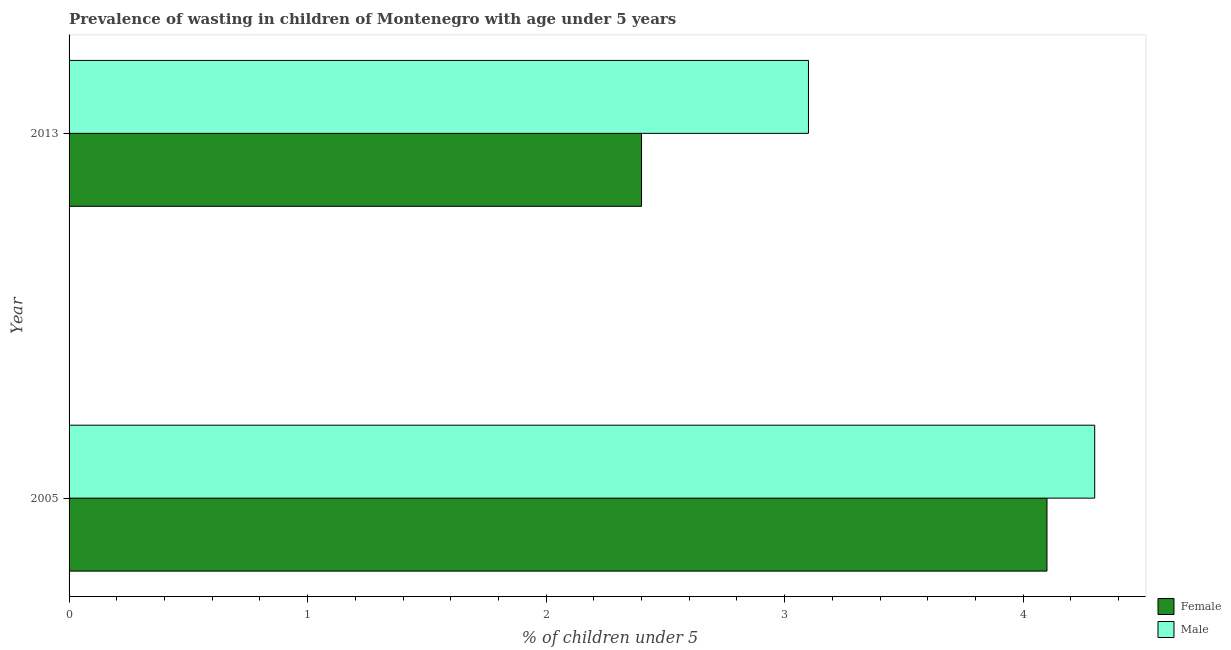
| Year | Female | Male |
 | --- | --- | --- |
 | 2005 | 4.1 | 4.3 |
 | 2013 | 2.4 | 3.1 |